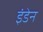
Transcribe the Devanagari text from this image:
इंडेन